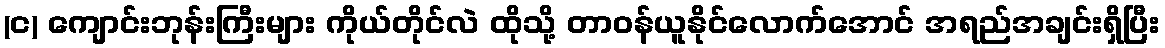
(င) ကျောင်းဘုန်းကြီးများ ကိုယ်တိုင်လဲ ထိုသို့ တာဝန်ယူနိုင်လောက်အောင် အရည်အချင်းရှိပြီး